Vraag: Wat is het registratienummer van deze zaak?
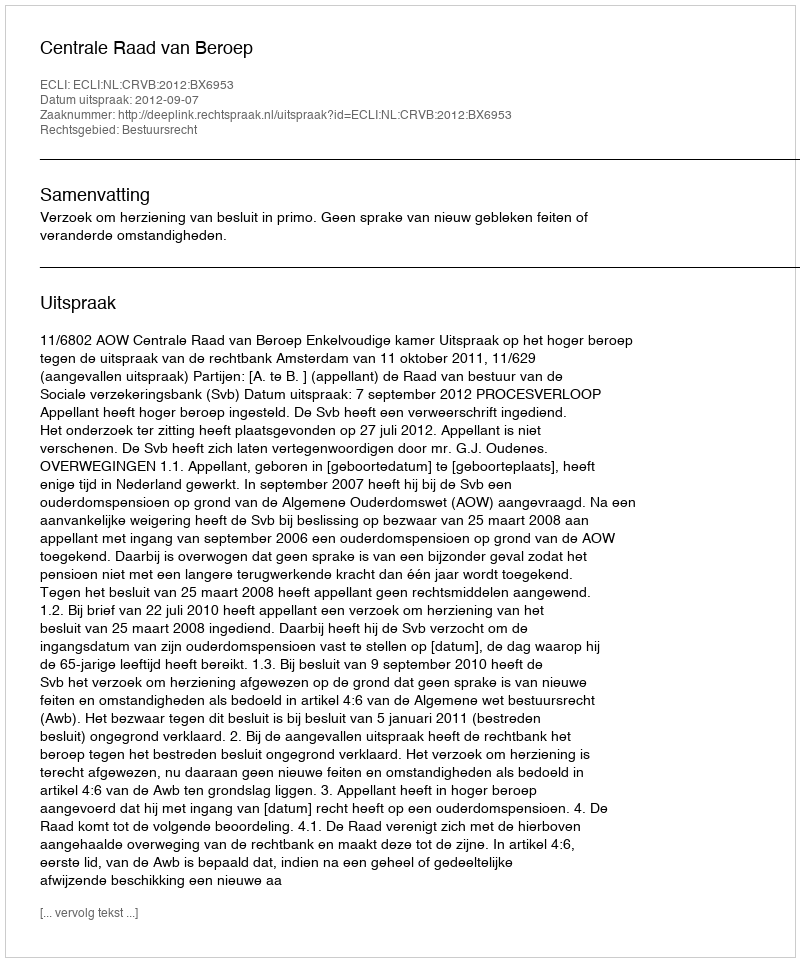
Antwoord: http://deeplink.rechtspraak.nl/uitspraak?id=ECLI:NL:CRVB:2012:BX6953